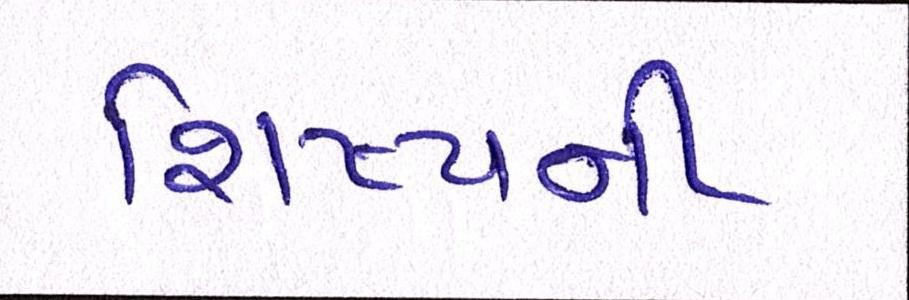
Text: શિષ્યની